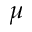
\mu